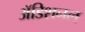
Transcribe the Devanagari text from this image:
अॅडिशनल